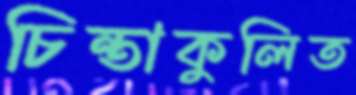
চিন্তাকুলিত